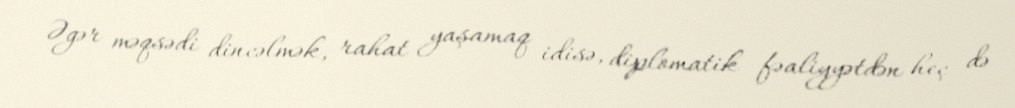
Əgər məqsədi dincəlmək, rahat yaşamaq idisə, diplomatik fəaliyyətdən heç də